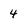
Character: 4